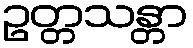
ဥတ္တသန္တာ